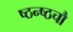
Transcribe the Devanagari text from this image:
ष्ठन्ष्ठचौ